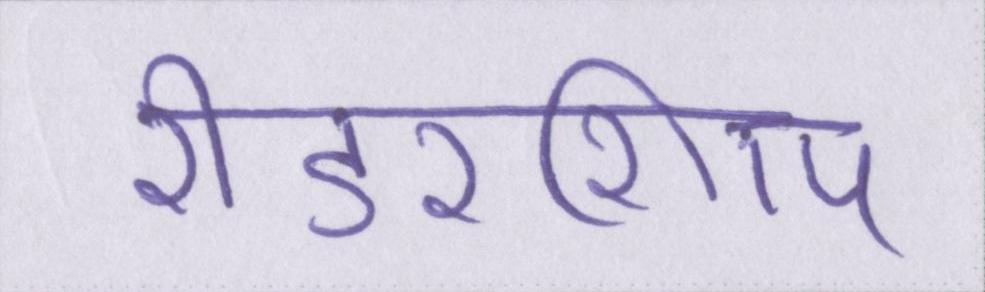
रीडरशिप